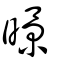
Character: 暻